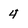
Character: 4